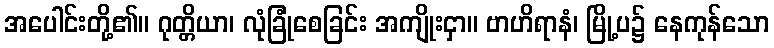
အပေါင်းတို့၏။ ဂုတ္တိယာ၊ လုံခြုံစေခြင်း အကျိုးငှာ။ ဗာဟိရာနံ၊ မြို့ပ၌ နေကုန်သော